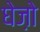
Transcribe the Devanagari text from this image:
घेज़ो